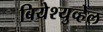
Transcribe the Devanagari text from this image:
बियेश्युव्हेल